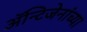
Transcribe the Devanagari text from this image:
अॅन्टिजेनांच्या